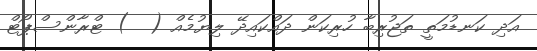
އަދި ކަނޑުމަތީ ތަޖުރިބާ ހުރިކަން ދައްކައިދޭ ލިޔުމެއް (  ) ޓްރާންސްޕޯޓް